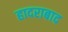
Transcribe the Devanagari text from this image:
हादराबाद